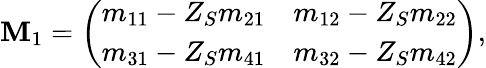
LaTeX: \mathbf M_{1}=\left(\begin{array}{cc}{m_{11}-Z_{S}m_{21}}&{m_{12}-Z_{S}m_{22}}\\ {m_{31}-Z_{S}m_{41}}&{m_{32}-Z_{S}m_{42}}\end{array}\right),